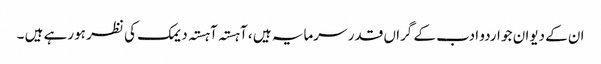
ان کے دیوان جو اردو ادب کے گراں قدر سرمایہ ہیں ، آہستہ آہستہ دیمک کی نظر ہورہے ہیں ۔